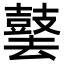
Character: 䵽